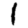
Digit: 1